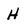
Character: H